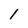
Character: l